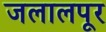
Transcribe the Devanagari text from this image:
जलालपूर